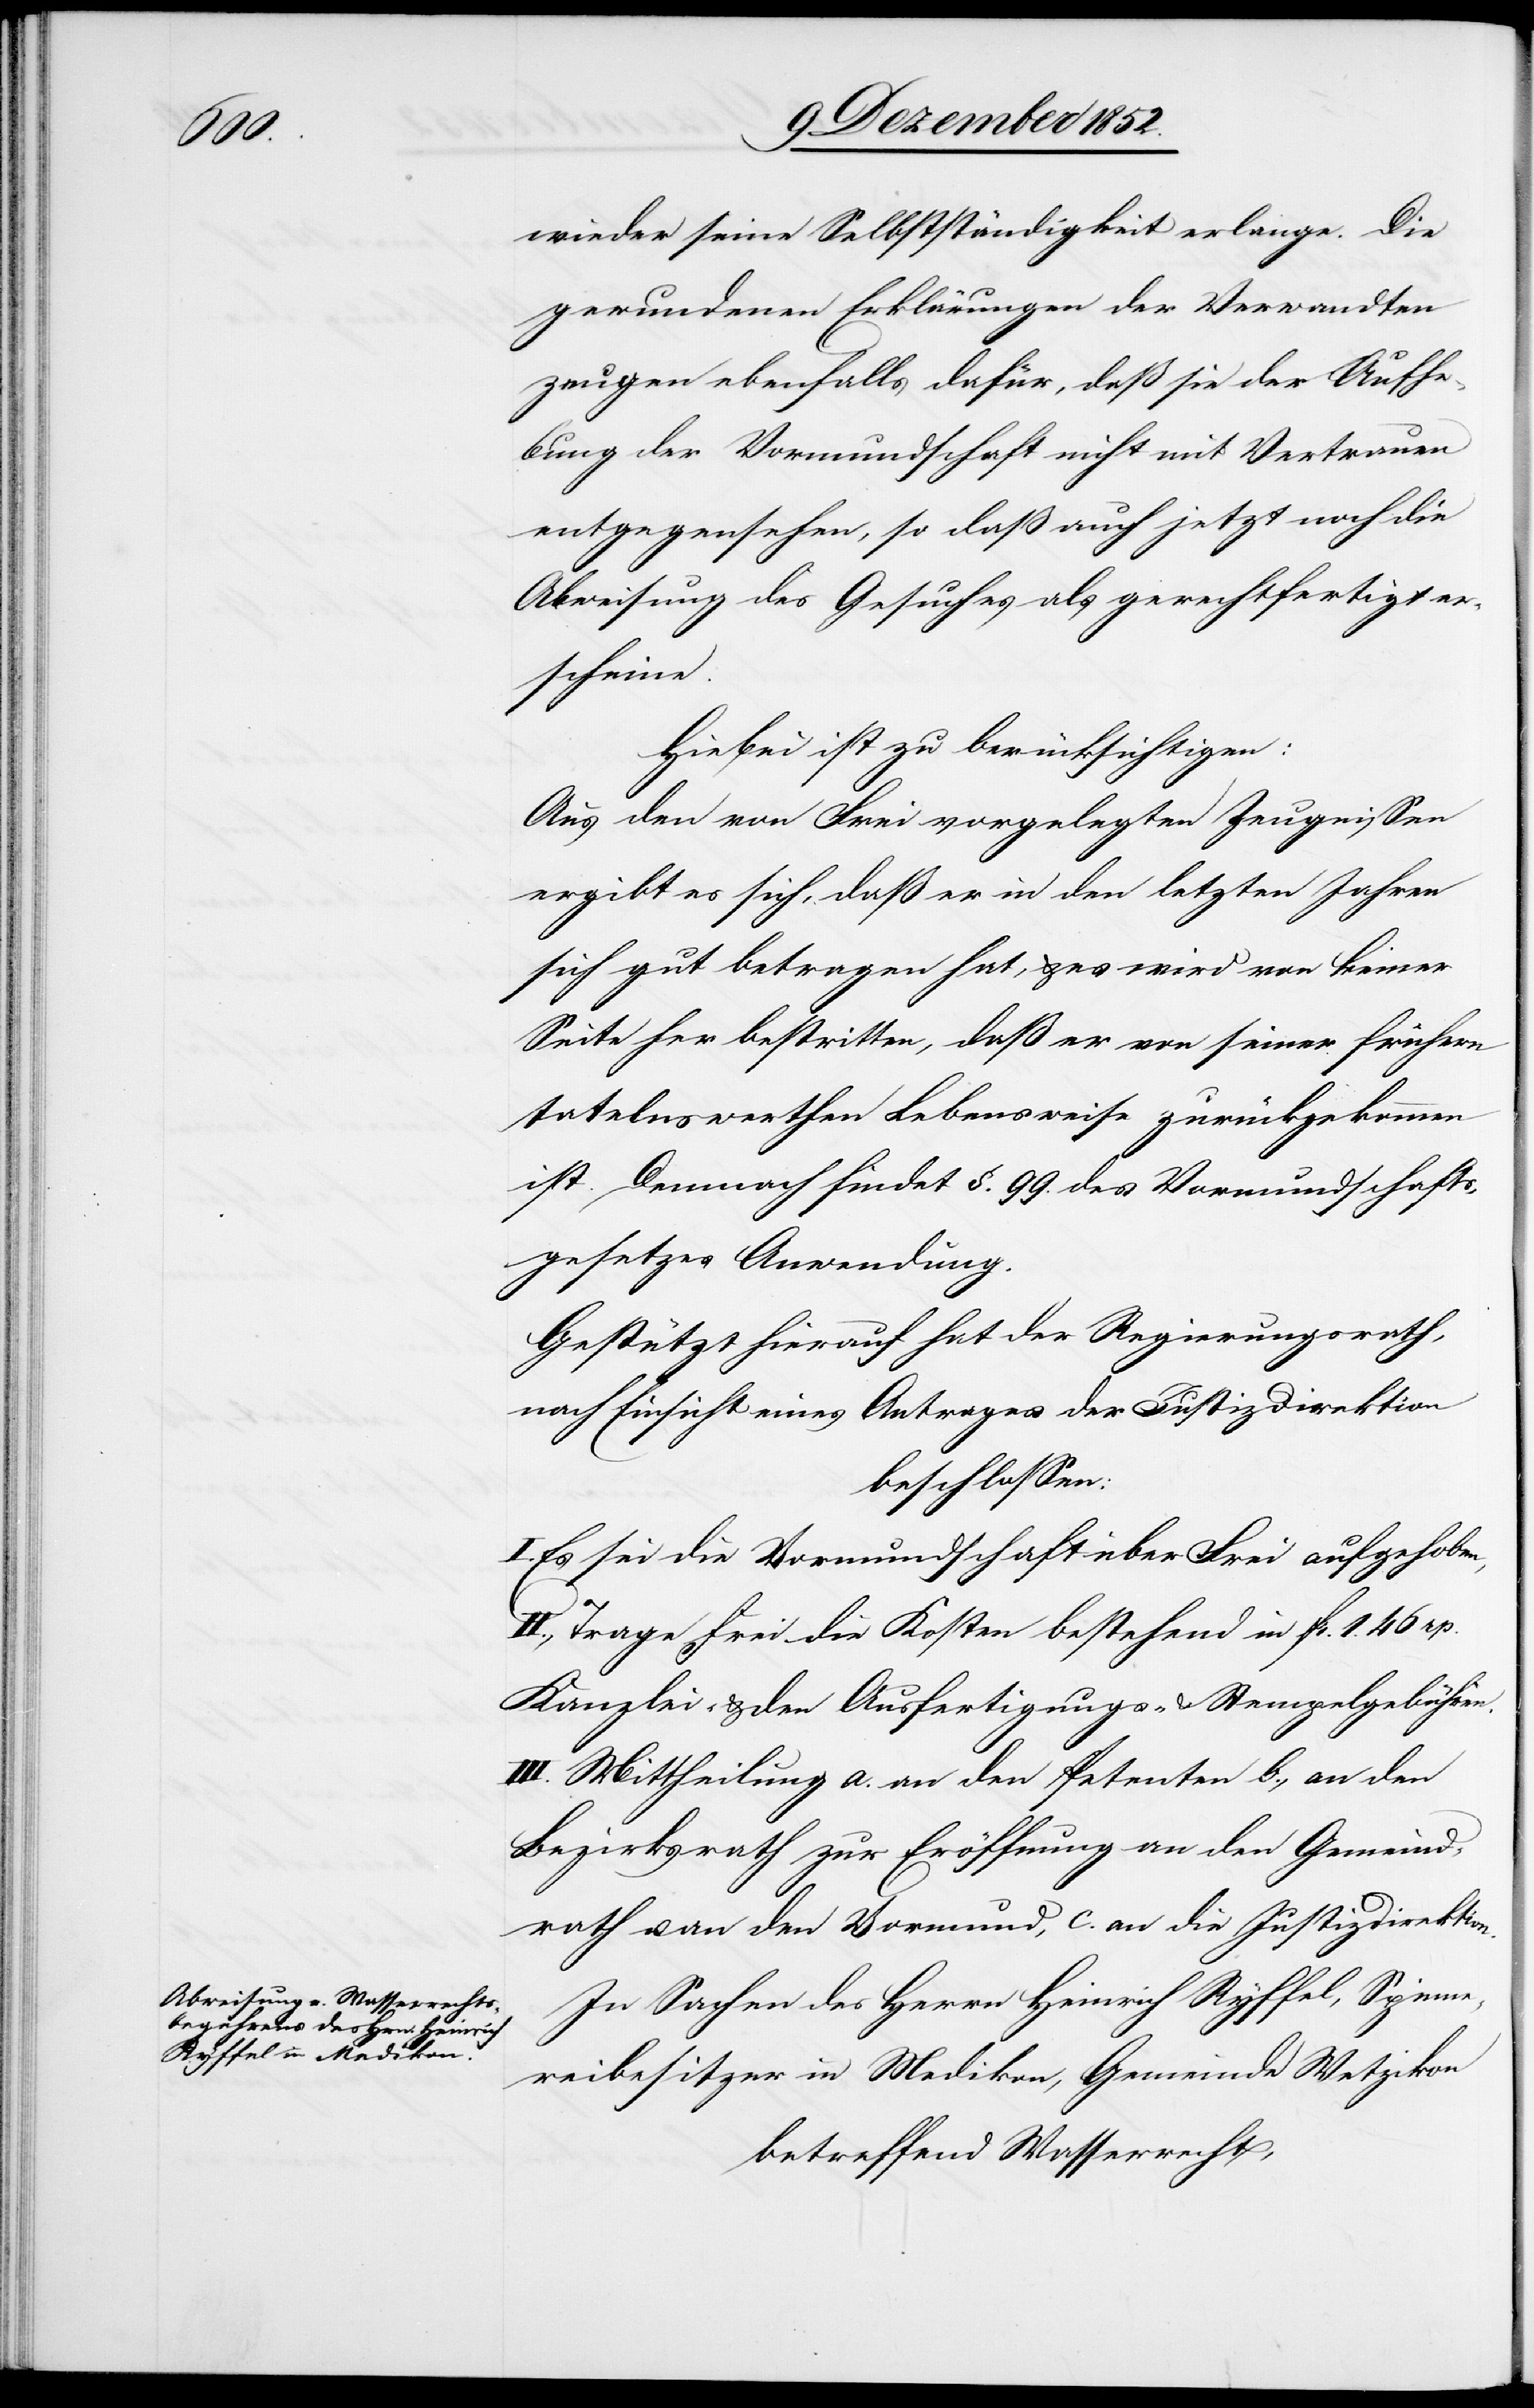
wieder seine Selbstständigkeit erlange. Die
gewundenen Erklärungen der Verwandten
zeugen ebenfalls dafür, daß sie der Aufhe¬
bung der Vormundschaft nicht mit Vertrauen
entgegensehen, so daß auch jetzt noch die
Abweisung des Gesuches als gerechtfertigt er¬
scheine.
Hiebei ist zu berücksichtigen:
Aus den von Frei vorgelegten Zeugnissen
ergibt es sich, daß er in den letzten Jahren
sich gut betragen hat, & es wird von keiner
Seite her bestritten, daß er von seiner frühern
tadelnswerthen] Lebensweise zurückgekommen
ist. Demnach findet §. 99. des Vormundschafts¬
gesetzes Anwendung.
Gestützt hierauf hat der Regierungsrath,
nach Einsicht eines Antrages der Justizdirektion
beschlossen:
Es sei die Vormundschaft über Frei aufgehoben,
II., Trage Frei die Kosten bestehend in fr. 1. 46 rp.
Kanzlei- & den Ausfertigungs- & Stempelgebühren.
III. Mittheilung a. an den Petenten b., an den
Bezirksrath zur Eröffnung an den Gemeind¬
rath u. an den Vormund, c. an die Justizdirektion.